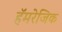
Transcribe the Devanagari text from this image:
हॅमरेजिक